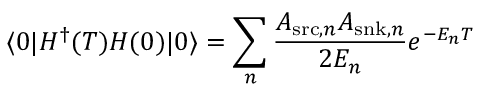
\langle 0 | H ^ { \dag } ( T ) H ( 0 ) | 0 \rangle = \sum _ { n } \frac { A _ { \mathrm { s r c } , n } A _ { \mathrm { s n k } , n } } { 2 E _ { n } } e ^ { - E _ { n } T }